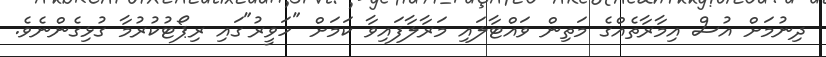
ދިނުމަށް އުސް އިމާރާތެއްގެ މަތިން ވައްޓާލައި މަރާލާފައިވާ ކަމަށް "ހަވީރު"ގައި ރިޕޯޓުކުރުމާ ގުޅިގެންނެވެ.